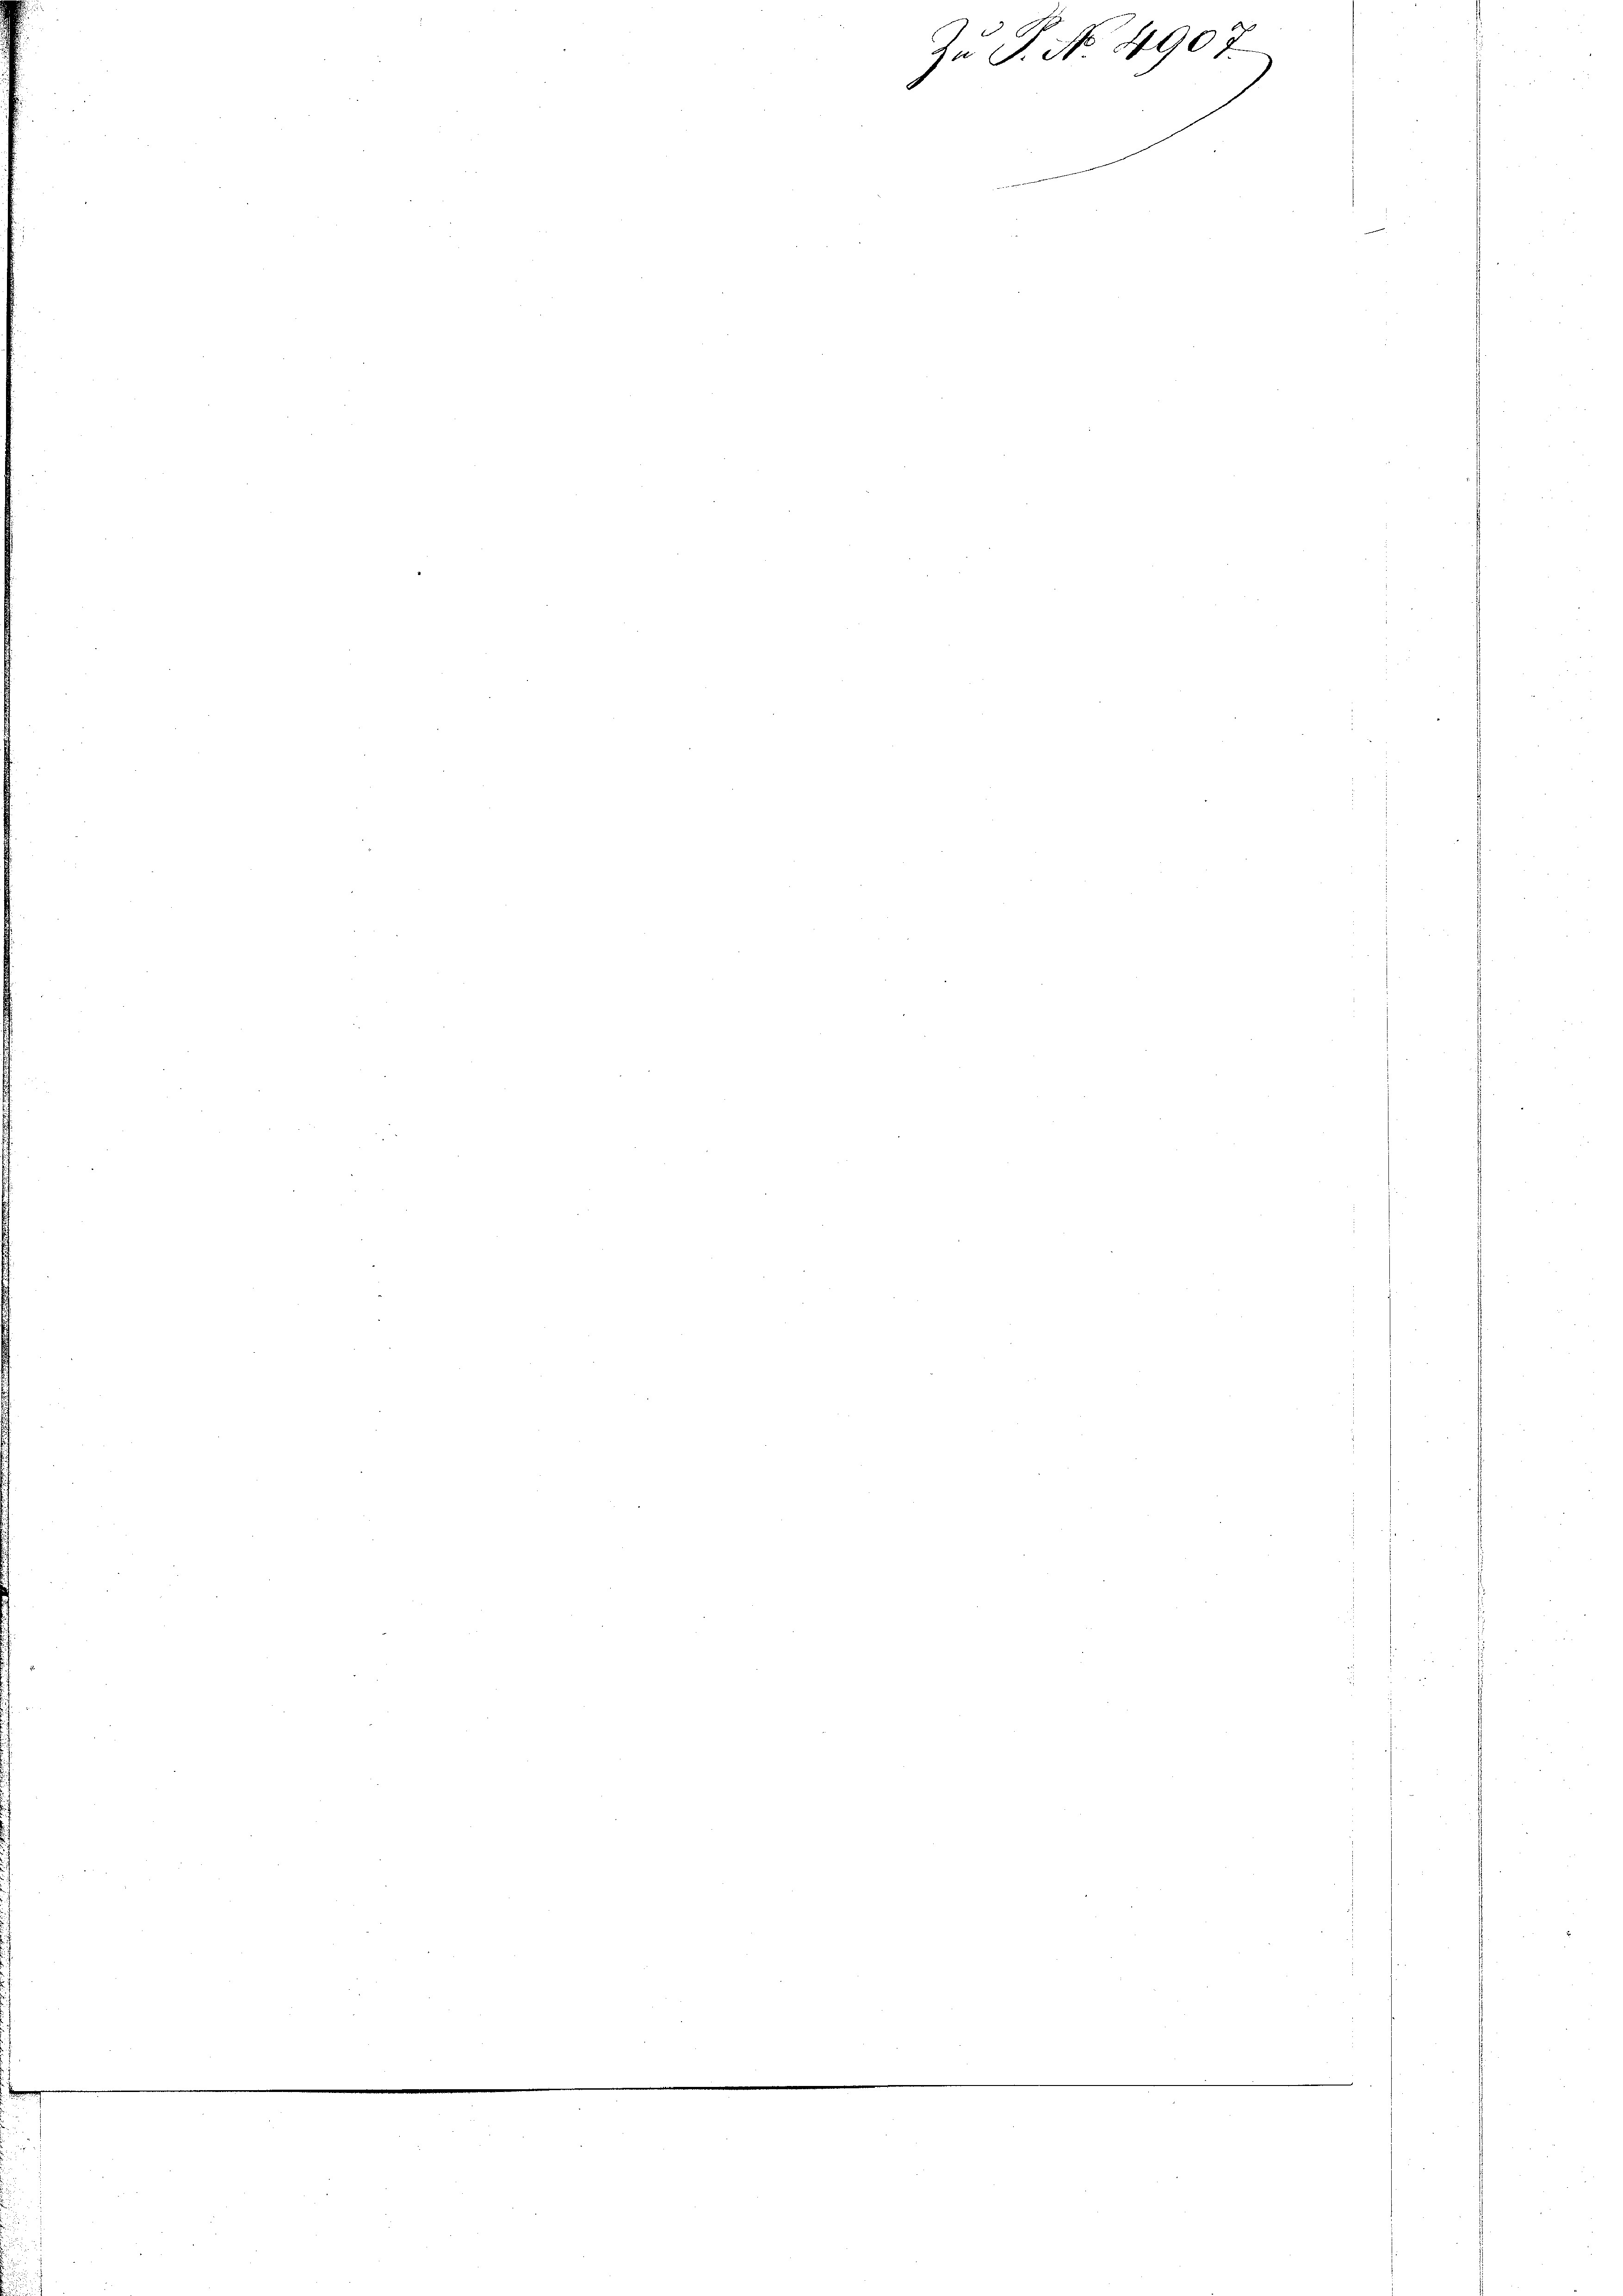
Zu P. No. 4907